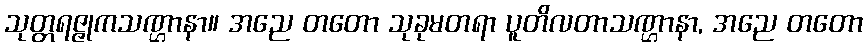
သုတ္တရဇ္ဇုကသဏ္ဌာနာ။ အညေ တတော သုခုမတရာ ပူတိလတာသဏ္ဌာနာ, အညေ တတော